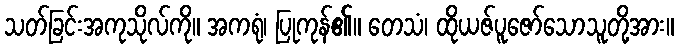
သတ်ခြင်းအကုသိုလ်ကို။ အကရုံ၊ ပြုကုန်၏။ တေသံ၊ ထိုယဇ်ပူဇော်သောသူတို့အား။